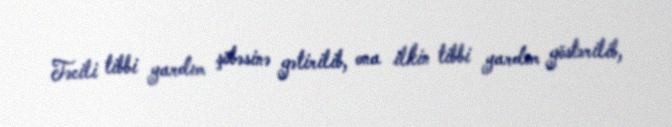
Təcili tibbi yardım şöbəsinə gətirilib, ona ilkin tibbi yardım göstərilib,